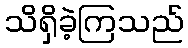
သိရှိခဲ့ကြသည်